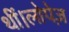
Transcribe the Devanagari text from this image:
थीं।लोपेज़